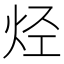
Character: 烃